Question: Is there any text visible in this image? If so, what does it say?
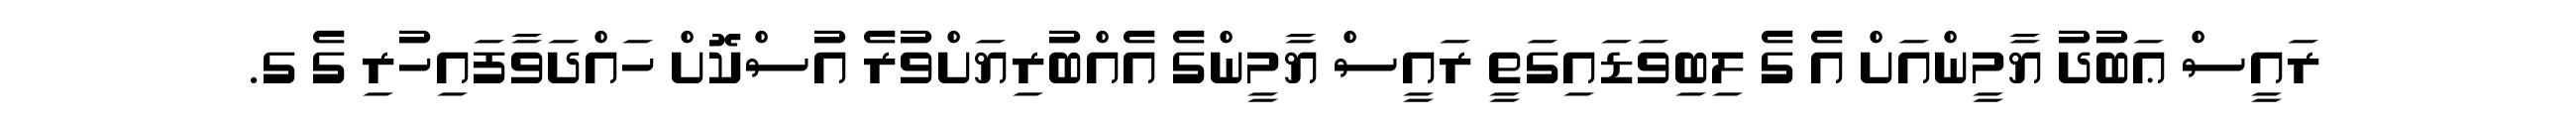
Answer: ރައީސް ޢަބުދު ޔާމީންއަށް އެ ގެ ލިބިވަޑައިގަތީ ރައީސް ޔާމީންގެ އެއްބުރިޔަށްވުރެ އުސްކޮށް ހައްދަވާފައިހުރި ގެ ގ.